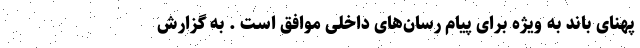
پهنای باند به ویژه برای پیام رسان‌های داخلی موافق است . به گزارش